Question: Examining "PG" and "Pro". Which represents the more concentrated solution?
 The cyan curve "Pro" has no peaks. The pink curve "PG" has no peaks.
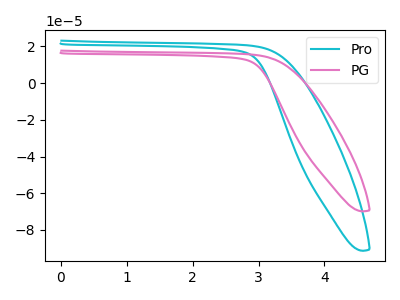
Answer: <think>Neither "PG" or "Pro" have any peaks.
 </think>
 <answer>I cant tell if "PG" or "Pro" has higher concentration.</answer>
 <eval>mixed_concentration</eval>